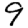
Digit: 9